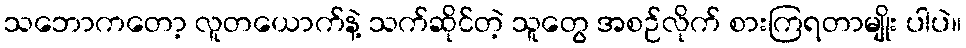
သဘောကတော့ လူတယောက်နဲ့ သက်ဆိုင်တဲ့ သူတွေ အစဉ်လိုက် စားကြရတာမျိုး ပါပဲ။